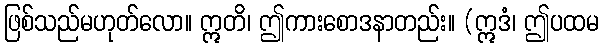
ဖြစ်သည်မဟုတ်လော။ ဣတိ၊ ဤကားစောဒနာတည်း။ (ဣဒံ၊ ဤပထမ